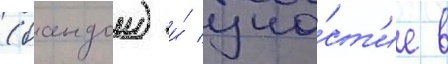
(бандои) и́ уча́ст'ие в